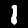
Label: 1